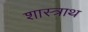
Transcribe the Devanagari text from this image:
शास्त्राथ